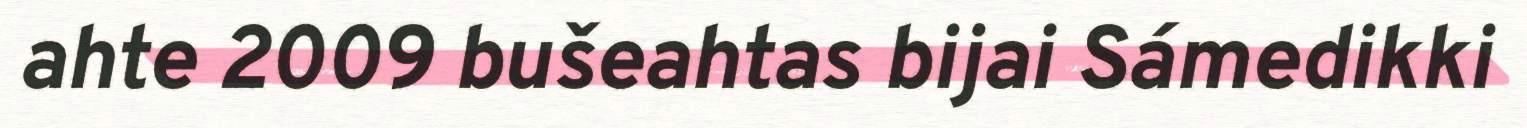
ahte 2009 bušeahtas bijai Sámedikki